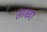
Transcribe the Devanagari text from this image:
ताखा